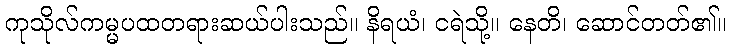
ကုသိုလ်ကမ္မပထတရားဆယ်ပါးသည်။ နိရယံ၊ ငရဲသို့။ နေတိ၊ ဆောင်တတ်၏။